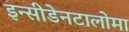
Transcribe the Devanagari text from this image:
इन्सीडेनटालोमा